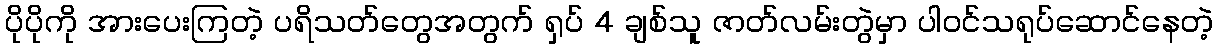
ပိုပိုကို အားပေးကြတဲ့ ပရိသတ်တွေအတွက် ရှပ် 4 ချစ်သူ ဇာတ်လမ်းတွဲမှာ ပါဝင်သရုပ်ဆောင်နေတဲ့